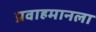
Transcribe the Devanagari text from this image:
प्रवाहमानला